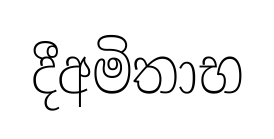
දීඅමිතාභ